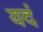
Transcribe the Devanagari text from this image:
यदं